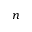
\boldsymbol { n }